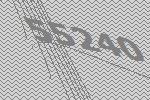
55240